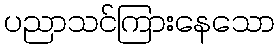
ပညာသင်ကြားနေသော